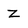
Character: Z